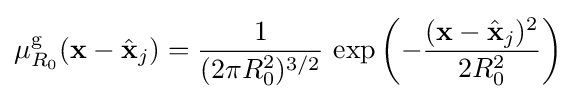
\mu _{R_{0}}^{\text{g}}(\mathbf {x} -{\hat {\mathbf {x} }}_{j})={\frac {1}{(2\pi R_{0}^{2})^{3/2}}}\,\exp \left(-{\frac {(\mathbf {x} -{\hat {\mathbf {x} }}_{j})^{2}}{2R_{0}^{2}}}\right)